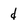
Character: d